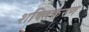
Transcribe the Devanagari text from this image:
शक्तिकरण